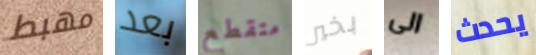
مهبط بعد متقطع بخير الى يحدث